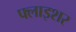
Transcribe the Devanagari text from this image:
फ्लाइशर